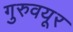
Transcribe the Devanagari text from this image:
गुरुवयूर